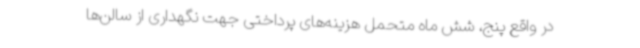
در واقع پنج، شش ماه متحمل هزینه‌های پرداختی جهت نگهداری از سالن‌ها